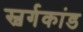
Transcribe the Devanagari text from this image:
स्वर्गकांड